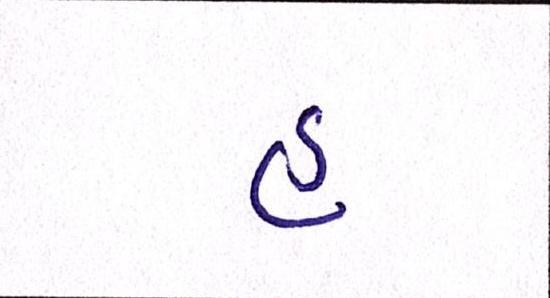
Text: હુ